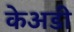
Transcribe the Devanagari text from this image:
केअडी